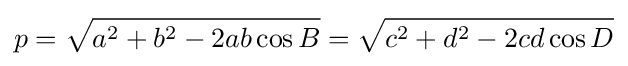
p={\sqrt {a^{2}+b^{2}-2ab\cos {B}}}={\sqrt {c^{2}+d^{2}-2cd\cos {D}}}